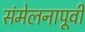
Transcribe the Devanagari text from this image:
संमेलनापूर्वी